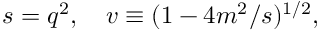
s = q ^ { 2 } , \quad v \equiv ( 1 - 4 m ^ { 2 } / s ) ^ { 1 / 2 } ,